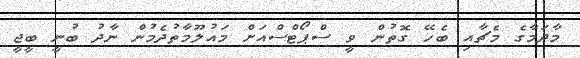
މާދަމާގެ މެޗާއި ބެހޭ ގޮތުން ވީ ސްޕޯޓްސްއަށް މައުލޫމާތުދެމުން ނާދު ބުނީ ބީޖީ